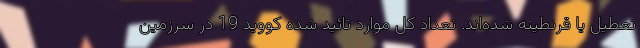
تعطیل یا قرنطینه شده‌اند. تعداد کل موارد تائید شده کووید 19 در سرزمین